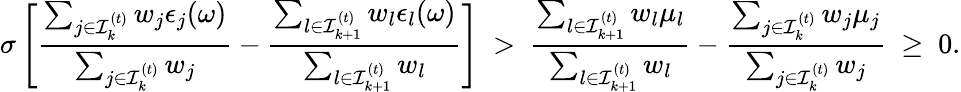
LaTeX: \sigma\left[\frac{\sum_{j\in{\cal I}_{k}^{(t)}}w_{j}\epsilon_{j}(\omega)}{\sum_{j\in{\cal I}_{k}^{(t)}}w_{j}}-\frac{\sum_{l\in{\cal I}_{k+1}^{(t)}}w_{l}\epsilon_{l}(\omega)}{\sum_{l\in{\cal I}_{k+1}^{(t)}}w_{l}}\right]~>~\frac{\sum_{l\in{\cal I}_{k+1}^{(t)}}w_{l}\mu_{l}}{\sum_{l\in{\cal I}_{k+1}^{(t)}}w_{l}}-\frac{\sum_{j\in{\cal I}_{k}^{(t)}}w_{j}\mu_{j}}{\sum_{j\in{\cal I}_{k}^{(t)}}w_{j}}~\ge~0.